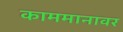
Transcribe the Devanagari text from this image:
काममानावर